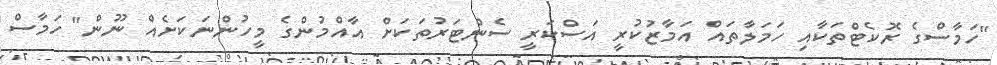
"ހަމާސްގެ ރޮކެޓްތަކާއި ހަމަލާތައް އަމާޒުކުރީ އަސްކަރީ ސެންޓަރުތަކަށް އާއްމުންގެ މީހުންނަކަށެއް ނޫން" ހަމާސް